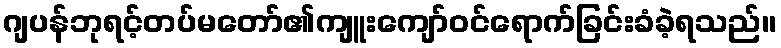
ဂျပန်ဘုရင့်တပ်မတော်၏ကျူးကျော်ဝင်ရောက်ခြင်းခံခဲ့ရသည်။